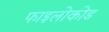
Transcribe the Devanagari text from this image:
फाइलोकोड